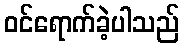
ဝင်ရောက်ခဲ့ပါသည်